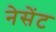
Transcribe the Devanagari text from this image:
नेसेंट